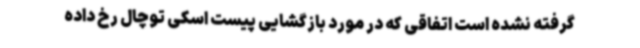
گرفته نشده است اتفاقی که در مورد بازگشایی پیست اسکی توچال رخ داده